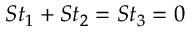
S t _ { 1 } + S t _ { 2 } = S t _ { 3 } = 0